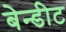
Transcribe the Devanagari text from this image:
बेन्डीट